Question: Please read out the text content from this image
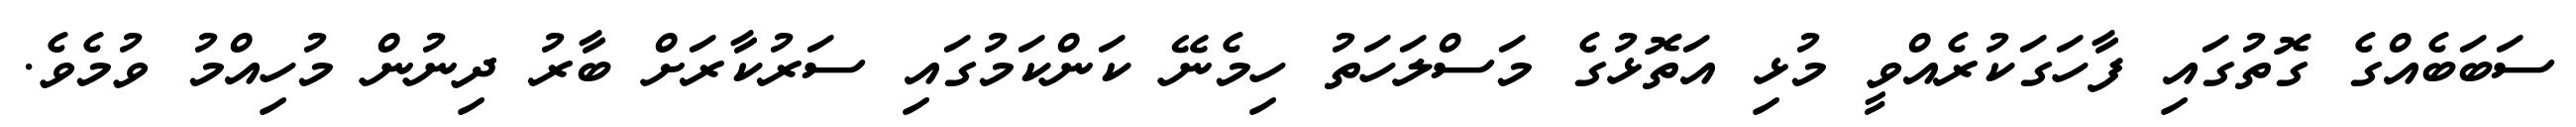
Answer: ސަބަބެއްގެ ގޮތުގައި ފާހަގަކުރެއްވީ މުޅި އަތޮޅުގެ މަސްލަހަތު ހިމެނޭ ކަންކަމުގައި ސަރުކާރަށް ބާރު ދިނުން މުހިއްމު ވުމެވެ.